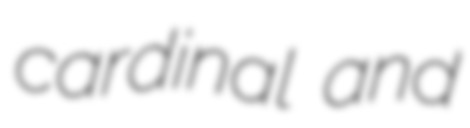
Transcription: cardinal and